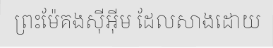
ព្រះម៉ែគងស៊ីអ៊ីម ដែលសាងដោយ